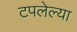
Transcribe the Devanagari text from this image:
टपलेल्या